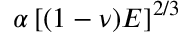
\alpha \left[ ( 1 - \nu ) E \right] ^ { 2 / 3 }